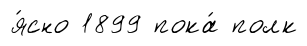
я́сно 1899 пока́ полк